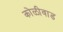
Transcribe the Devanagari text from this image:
कोळीवाड